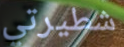
شطيرتي